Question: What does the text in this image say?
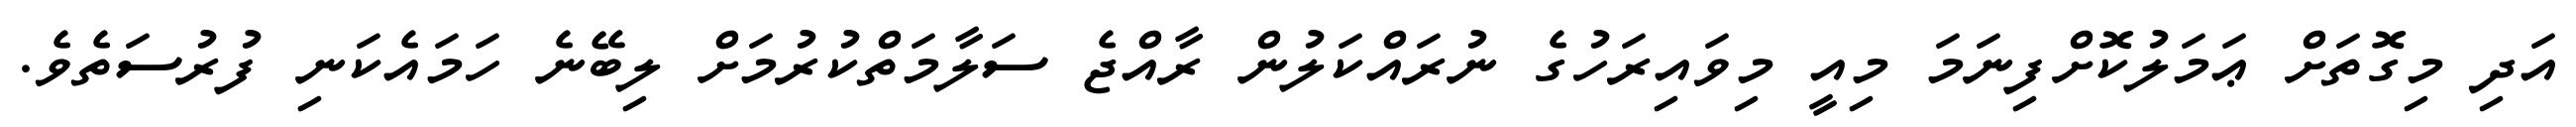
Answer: އަދި މިގޮތަށް ޢަމަލުކޮށްފިނަމަ މިއީ މިވައިރަހުގެ ނުރައްކަލުން ރާއްޖެ ސަލާމަތްކުރުމަށް ލިބޭނެ ހަމައެކަނި ފުރުސަތެވެ.